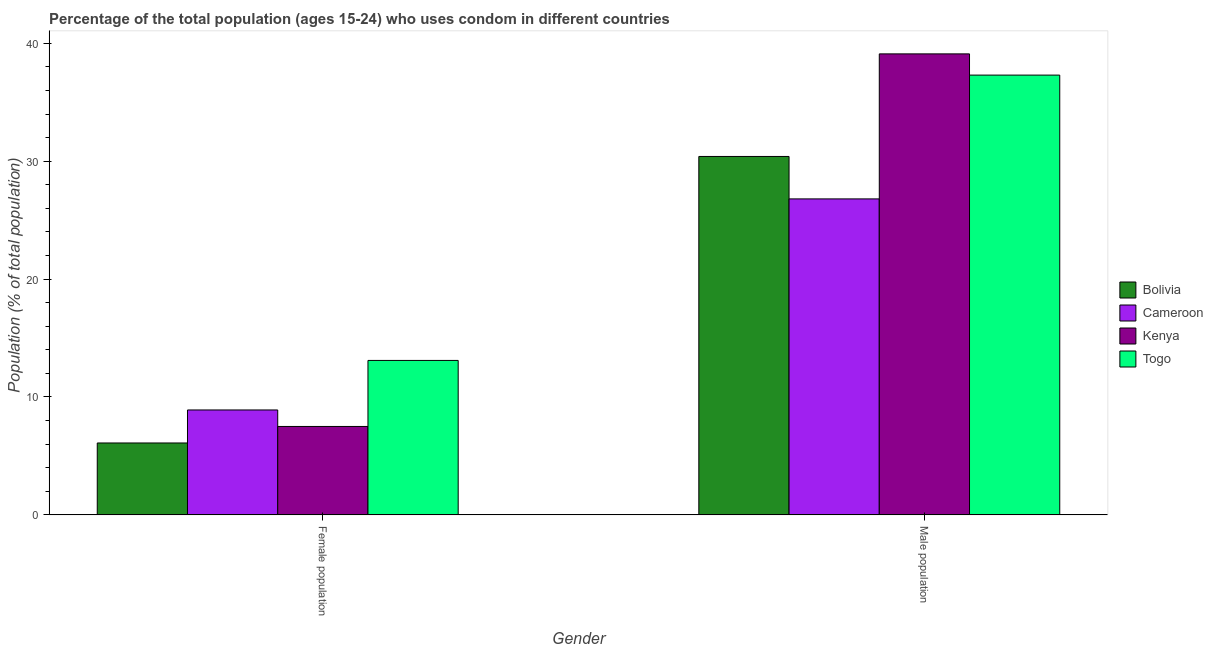
| Gender | Bolivia | Cameroon | Kenya | Togo |
 | --- | --- | --- | --- | --- |
 | Female population | 6.1 | 8.9 | 7.5 | 13.1 |
 | Male population | 30.4 | 26.8 | 39.1 | 37.3 |